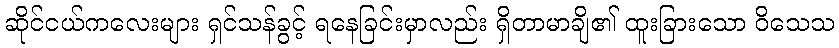
ဆိုင်ငယ်ကလေးများ ရှင်သန်ခွင့် ရနေခြင်းမှာလည်း ရှိတာမာချိ၏ ထူးခြားသော ဝိသေသ